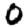
Digit: 0